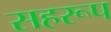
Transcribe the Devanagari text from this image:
सहरूप